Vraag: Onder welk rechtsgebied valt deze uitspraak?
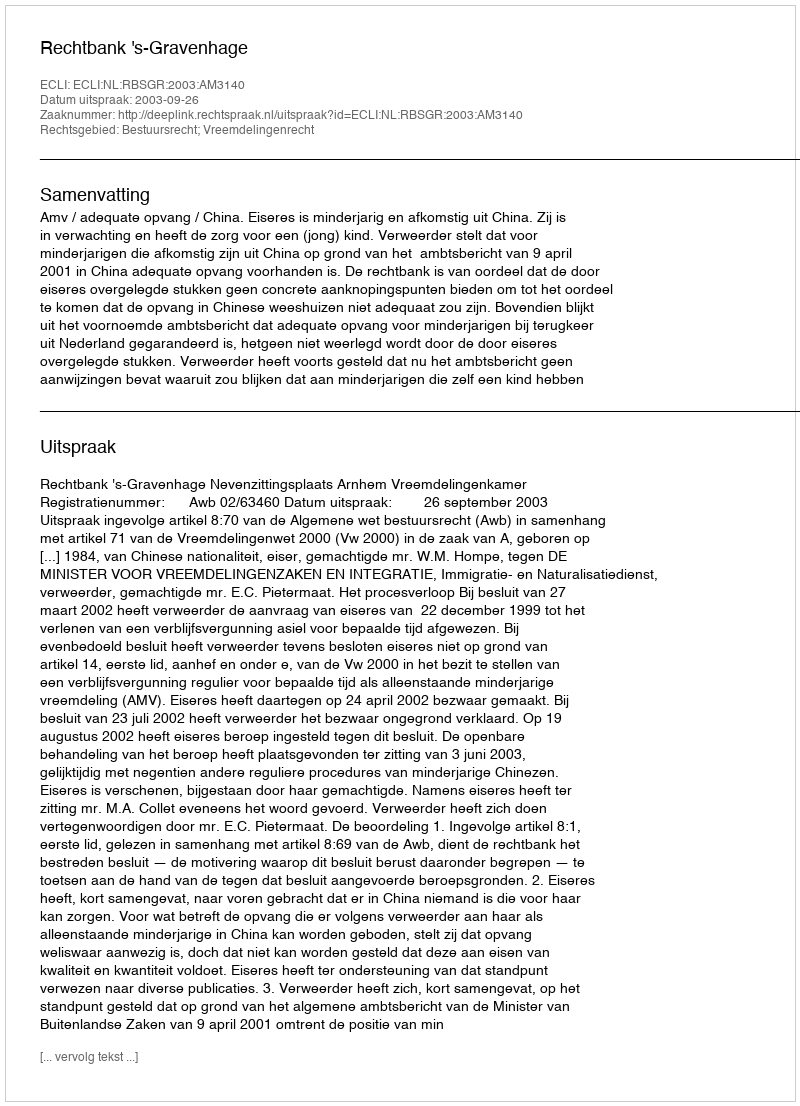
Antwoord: Bestuursrecht; Vreemdelingenrecht